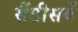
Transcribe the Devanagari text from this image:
सैंतीसवें